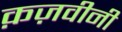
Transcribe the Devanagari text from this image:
क़ज़वीनी